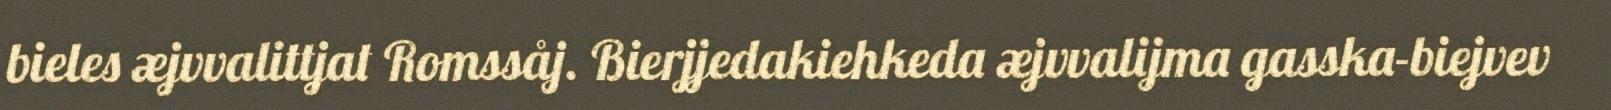
bieles æjvvalittjat Romssåj. Bierjjedakiehkeda æjvvalijma gasska-biejvev